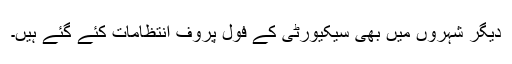
دیگر شہروں میں بھی سیکیورٹی کے فول پروف انتظامات کئے گئے ہیں۔